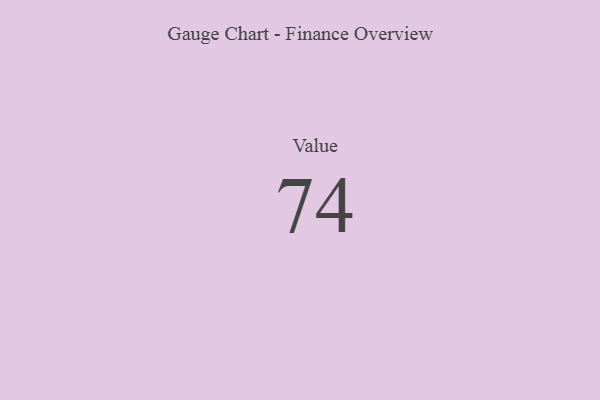
{"axis": {"x": "Metric", "y": "Value"}, "legend": [""], "data": [{"x": "Value", "y": 74, "type": ""}]}